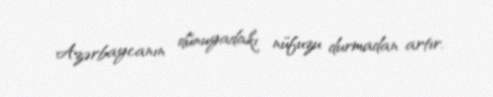
Azərbaycanın dünuyadakı nüfuzu durmadan artır.